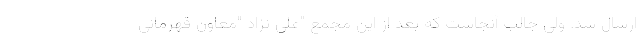
ارسال شد. ولی جالب آنجاست که بعد از این مجمع "علی نژاد "معاون قهرمانی